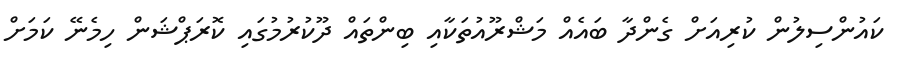
ކައުންސިލުން ކުރިއަށް ގެންދާ ބައެއް މަޝްރޫއުތަކާއި ބިންތައް ދޫކުރުމުގައި ކޮރަޕްޝަން ހިމެނޭ ކަމަށް